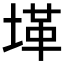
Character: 𱗋